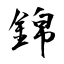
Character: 錦